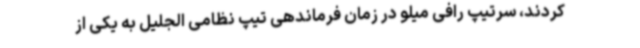
کردند، سرتیپ رافی میلو در زمان فرماندهی تیپ نظامی الجلیل به یکی از